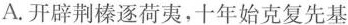
A.开辟荆榛逐荷夷，十年始克复先基